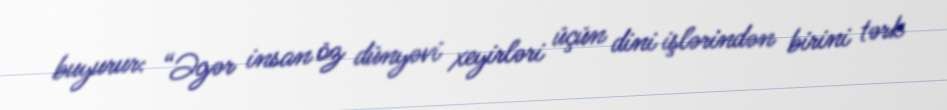
buyurur: “Əgər insan öz dünyəvi xeyirləri üçün dini işlərindən birini tərk